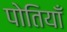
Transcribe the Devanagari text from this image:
पोतियाँ